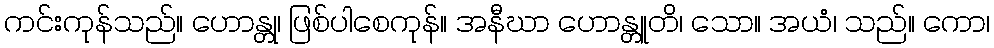
ကင်းကုန်သည်။ ဟောန္တု၊ ဖြစ်ပါစေကုန်။ အနီဃာ ဟောန္တူတိ၊ သော။ အယံ၊ သည်။ ကော၊